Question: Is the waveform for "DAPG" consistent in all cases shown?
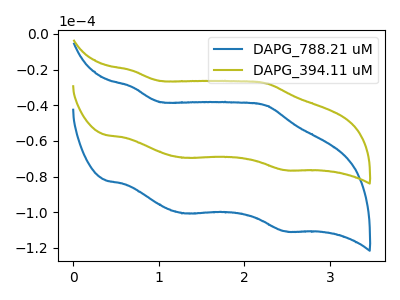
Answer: <think>The blue curve "DAPG_788.21 uM" has anodic peaks at (0.70V, -29.65uA) (2.25V, -40.25uA) and cathodic peaks at (1.30V, -100.60uA) (2.50V, -110.65uA). The olive curve "DAPG_394.11 uM" has anodic peaks at (0.70V, -20.50uA) (2.25V, -27.80uA) and cathodic peaks at (1.30V, -69.45uA) (2.50V, -76.35uA).
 All the peaks in "DAPG_788.21 uM" have a peak in "DAPG_394.11 uM" at the same potential.</think>
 <answer>All the CV's of "DAPG" have similar shape.</answer>
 <eval>follow_rule</eval>